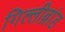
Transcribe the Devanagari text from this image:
गिल्लीब्रांड